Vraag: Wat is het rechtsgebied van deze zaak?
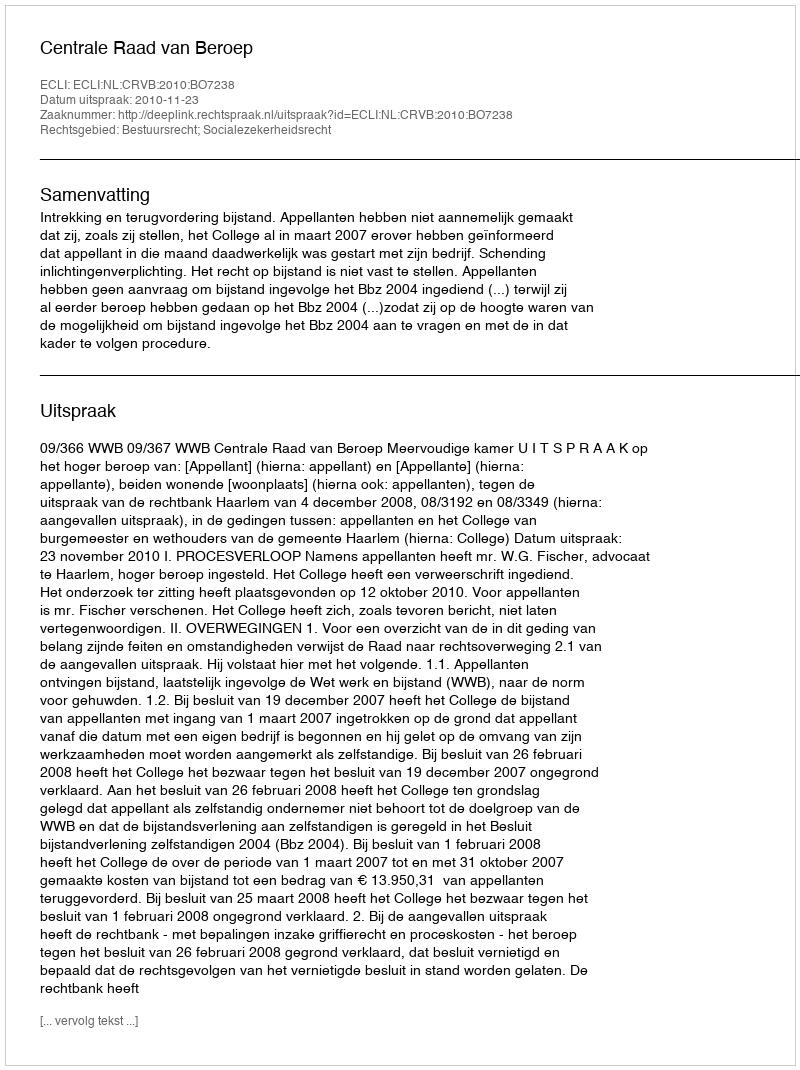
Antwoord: Bestuursrecht; Socialezekerheidsrecht